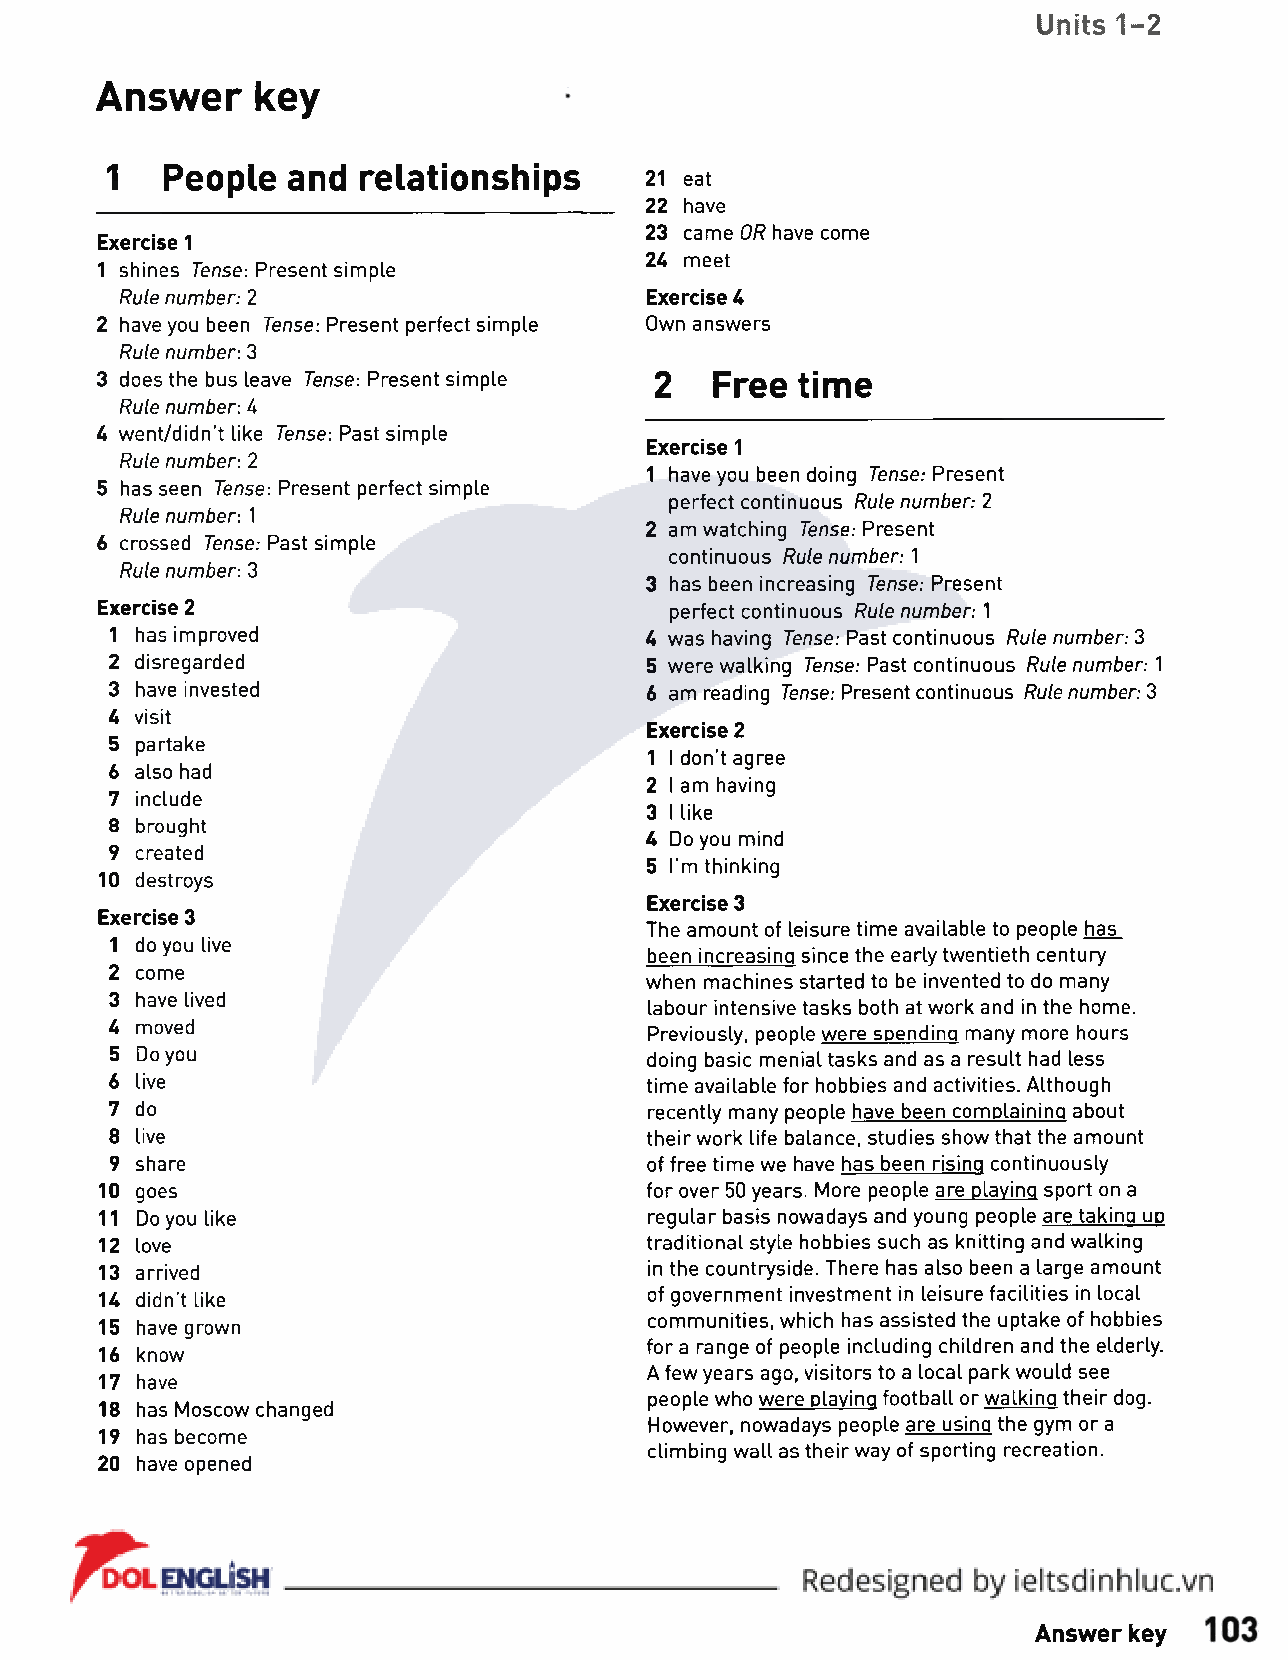
Units 1-2
 Answer     key
 1   People  and  relationships
 21 eat
 22 have
 23 came OR have come
 Exercise 1
 24 meet
 1 shines Tense: Present simple
 Rule number: 2                     Exercise U
 2 have you been Tense: Present perfect simple Own answers
 Rule number: 3
 3 does the bus leave Tense: Present simple 2 Free time
 Rule number: U
 U went/didn't like Tense: Past simple
 Exercise 1
 Rule number: 2
 1 have you been doing Tense: Present
 5 has seen Tense: Present perfect simple
 perfect continuous Rule number: 2
 Rule number: 1
 2 am watching Tense: Present
 6 crossed Tense: Past simple
 continuous Rule number: 1
 Rule number: 3
 3 has been increasing Tense: Present
 Exercise 2                            perfect continuous Rule number: 1
 1 has improved                      U was having Tense: Past continuous Rule number: 3
 2 disregarded                       5 were walking Tense: Past continuous Rule number: 1
 3 have invested                     6 am reading Tense: Present continuous Rule number: 3
 U visit
 Exercise 2
 5 partake
 1 I don't agree
 6 also had
 2 I am having
 7 include
 3 I like
 8 brought
 U Do you mind
 9 created
 5 I'm thinking
 10 destroys
 Exercise 3
 Exercise 3
 The amount of leisure time available to people has
 1 do you live
 been increasing since the early twentieth century
 2 come
 when machines started to be invented to do many
 3 have lived
 labour intensive tasks both at work and in the home.
 U moved
 Previously, people were spending many more hours
 5 Do you                            doing basic menial tasks and as a result had less
 6 live                              time available for hobbies and activities. Although
 7 do                                recently many people have been complaining about
 8 live                              their work life balance, studies show that the amount
 9 share                             of free time we have has been rising continuously
 10 goes                             for over 50 years. More people are playing sport on a
 11 Do you like                      regular basis nowadays and young people are taking up
 12 love                             traditional style hobbies such as knitting and walking
 13 arrived                          in the countryside. There has also been a large amount
 of government investment in leisure facilities in local
 U didn't like
 communities, which has assisted the uptake of hobbies
 15 have grown
 for a range of people including children and the elderly.
 16 know
 A few years ago, visitors to a local park would see
 17 have
 people who were playing football or walking their dog.
 18 has Moscow changed
 However, nowadays people are using the gym or a
 19 has become
 climbing wall as their way of sporting recreation.
 20 have opened
 Answer key